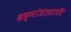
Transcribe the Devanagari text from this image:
ब्रह्मांडासाठी